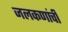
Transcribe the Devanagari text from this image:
जलकणांची